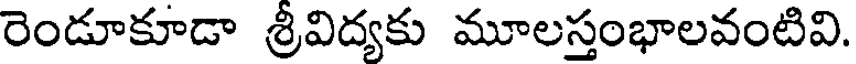
రెండూకూడా శ్రీవిద్యకు మూలస్తంభాలవంటివి.